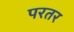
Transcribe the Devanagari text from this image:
परतर